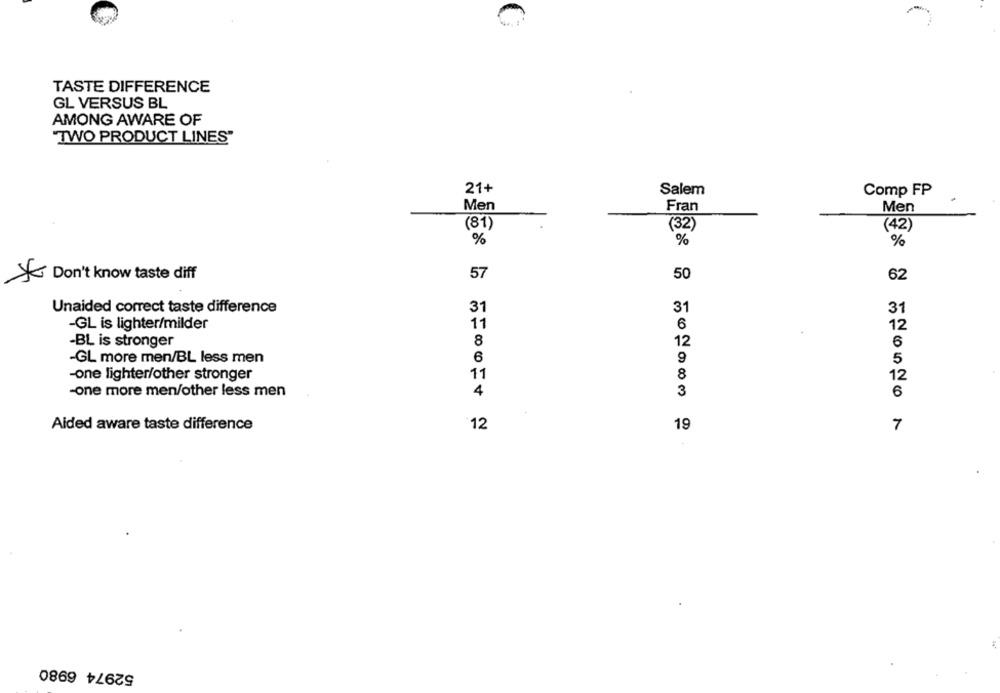
TASTE DIFFERENCE
GL VERSUS BL
AMONG AWARE OF
"TWO PRODUCT LINES"
21+
Salem
Comp FP
Men
Fran
Men
(81)
(32)
(42)
%
%
%
Don't know taste diff
57
50
62
Unaided correct taste difference
31
31
31
-GL is lighter/milder
11
6
12
-BL is stronger
8
12
6
-GL more men/BL less men
6
9
5
11
-one lighter/other stronger
8
12
-one more men/other less men
4
3
6
Aided aware taste difference
12
19
7
52974 6980